Report of the Indian Hemp Drugs Commission, 1894-1895 - Volume VI
Year: 1894
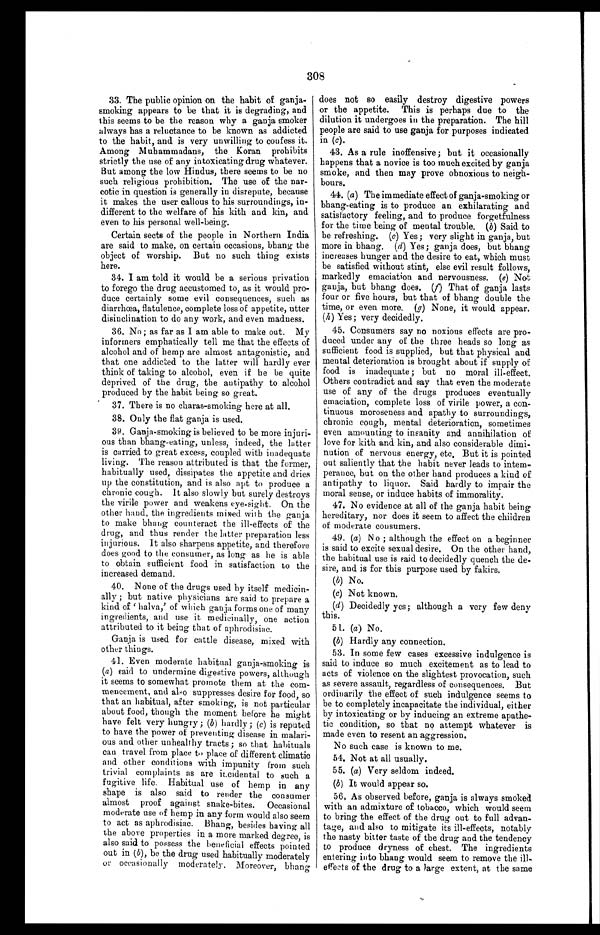
308
33. The public opinion on. the habit of ganja–-
smoking appears to be that it is degrading, and
this seems to be the reason why a ganja smoker
always has a reluctance to be known as addicted
to the habit, and is very unwilling to confess it.
Among Muhammadans, the Koran prohibits
strictly the use of any intoxicating drug whatever.
But among the low Hindus, there seems to be no
such religious prohibition. The use of the nar-
cotic in question is generally in disrepute, because
it makes the user callous to his surroundings, in-
–different to the welfare of his kith and kin, and
even to his personal well-being.
Certain sects of the people in Northern India
are said to make, on certain occasions, bhang the
object of worship. But no such thing exists
here.
34. I am told it would be a serious privation
to forego the drug accustomed to, as it would pro-
– d u c e c e r t a i n l y s o m e e v i l c o n s e q u e n c e s , s u c h a s
diarrhœa, flatulence, complete loss of appetite, utter
disinclination to do any work, and even madness.
36. No ; as far as I am able to make out. My
informers emphatically tell me that the effects of
alcohol and of hemp are almost antagonistic, and
that one addicted to the latter will hardly ever
think of taking to alcohol, even if he be quite
deprived of the drug, the antipathy to alcohol
produced by the habit being so great.
37. There is no charas-smoking here at all.
38. Only the flat ganja is used.
39. Ganja-smoking is believed to be more injuri–-
ous than bhang-eating, unless, indeed, the latter
is carried to great excess, coupled with inadequate
living. The reason attributed is that the former,
habitually used, dissipates the appetite and dries
up the constitution, and is also apt to produce a
chronic cough. It also slowly but surely destroys
the virile power and weakens eye-sight. On the
other hand, the ingredients mixed wit h the ganja
to make bhang counteract the ill-effects of the
drug, and thus render the latter preparation less
injurious. It also sharpens appetite, and therefore
does good to the consumer, as long as he is able
to obtain sufficient food in satisfaction to the
increased demand.
40. None of the drugs used by itself medicin–-
ally ; but native physicians are said to prepare a
k i n d o f ' h a l v a , ' o f wh i c h g a n j a f o r ms o n e o f ma n y
ingredients, and use it medicinally, one action
attributed to it being that of aphrodisiac.
Ganja is used for cattle disease, mixed with
other things.
41. Even moderate habitual ganja-smoking is
(a) said to undermine digestive powers, although
it seems to somewhat promote them at the com–-
mencement, and also suppresses desire for food, so
that an habitual, after smoking, is not particular
about food, though the moment before he might
have felt very hungry ; (b) hardly; (c) is reputed
to have the power of preventing disease in malari–-
ous and other unhealthy tracts; so that habituals
can travel from place to place of different climatic
and other conditions with impunity from such
trivial complaints as are incidental to such a
fugitive life. Habitual use of hemp in any
shape is also said to render the consumer
almost proof against snake-bites. Occasional
moderate use of hemp in any form would also seem
to act as aphrodisiac. Bhaug, besides having all
the above properties in a more marked degree, is
also said to possess the beneficial effects pointed
out in (b) , be the drug used habitually moderately
or occasionally moderately. Moreover, bhang
does not so easily destroy digestive powers
or the appetite. This is perhaps due to the
dilution it undergoes in the preparation. The hill
people are said to use ganja for purposes indicated
in (c).
43. As a rule inoffensive; but it occasionally
happens that a novice is too much excited by ganja
smoke, and then may prove obnoxious to neigh-
– b o u r s .
44, (a) The immediate effect of ganja-smoking or
bhang-eating is to produce an exhilarating and
satisfactory feeling, and to produce forgetfulness
for the time being of mental trouble. (b) Said to
be refreshing. (c) Yes; very slight in ganja, but
more in bhang, (d) Yes; ganja does, but bhang
increases hunger and the desire to eat, which must
be satisfied without stint, else evil result follows,
markedly emaciation and nervousness. (e) Not
ganja, but bhang does. (f) That of ganja lasts
four or five hours, but that of bhang double the
time, or even more. (g) None, it would appear.
(h) Yes; very decidedly.
45. Consumers say no noxious effects are pro-
– d u c e d u n d e r a n y o f t h e t h r e e h e a d s s o l o n g a s
sufficient food is supplied, but that physical and
mental deterioration is brought about if supply of
food is inadequate; but no moral ill-effect.
Others contradict and say that even the moderate
use of any of the drugs produces eventually
emaciation, complete loss of virile power, a con-
– t i n u o u s m o r o s e n e s s a n d a p a t h y t o s u r r o u n d i n g s ,
chronic cough, mental deterioration, sometimes
even amounting to insanity and annihilation of
love for kith and kin, and also considerable dimi-
nution of nervous energy, etc, But it is pointed
out saliently that the habit never leads to intem-
–perance, but on the other hand produces a kind of
antipathy to liquor. Said hardly to impair the
moral sense, or induce habits of immorality.
47. No evidence at all of the ganja habit being
hereditary, nor does it seem to affect the children
of moderate consumers.
49. (a) No ; although the effect on a beginner
is said to excite sexual desire. On the other hand,
the habitual use is said to decidedly quench the de–-
sire, and is for this purpose used by fakirs,
(b) No.
(c) Not known.
(d) Decidedly yes; although a very few deny
this.
51. (a) No.
(b) Hardly any connection.
53. In some few cases excessive indulgence is
said to induce so much excitement as to lead to
acts of violence on the slightest provocation, such
as severe assault, regardless of consequences. But
ordinarily the effect of such indulgence seems to
be to completely incapacitate the individual, either
by intoxicating or by inducing an extreme apathe–-
tic condition, so that no attempt whatever is
made even to resent an aggression.
No such case is known to me.
54. Not at all usually.
55. (a) Very seldom indeed.
(b) It would appear so.
56, As observed before, ganja is always smoked
with an admixture of tobacco, which would seem
to bring the effect of the drug out to full advan-
– t a g e , n o d a l s o t o m i t i g a t e i t s i l l - e f f e c t s , n o t a b l y
the nasty bitter taste of the drug and the tendency
to produce dryness of chest. The ingredients
entering into bhang would seem to remove the ill-
erects of the drug to a large extent, at the same